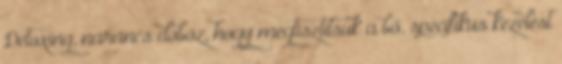
Detoxing, narancs doboz, hogy megtisztítsuk a bő. specifikus kezelést